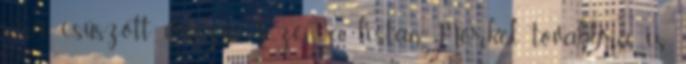
6.-ra csúszott vissza. Ezen a listán Merkel továbbra is